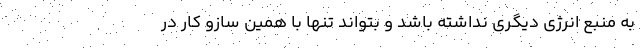
به منبع انرژی دیگری نداشته باشد و بتواند تنها با همین سازو کار در